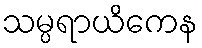
သမ္ပရာယိကေန